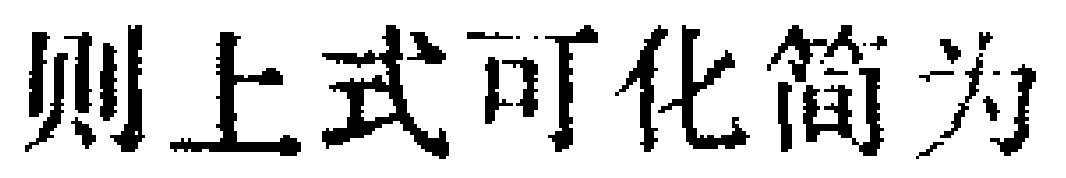
则上式可化简为